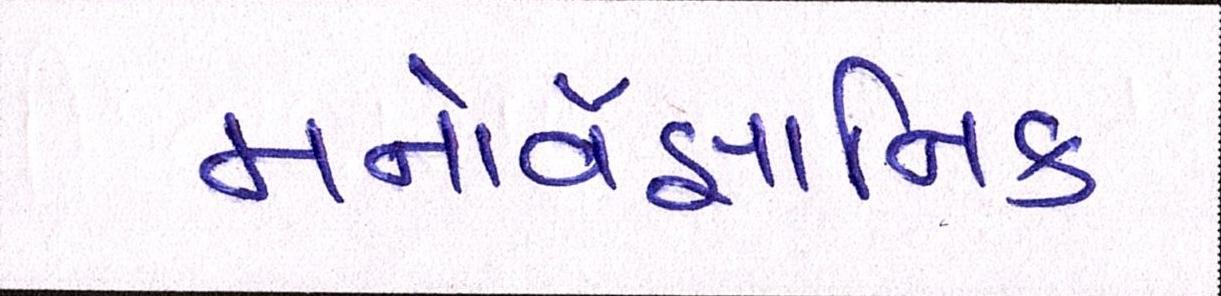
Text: મનોવૈજ્ઞાાનિક